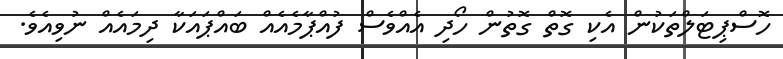
ހޮސްޕިޓަލްތަކުން އެކި ގޮތް ގޮތުން ހޯދި އެއްވެސް ފުއްޕާމެއެއް ބައްޕައަކާ ދިމައެއް ނުވިއެވެ.